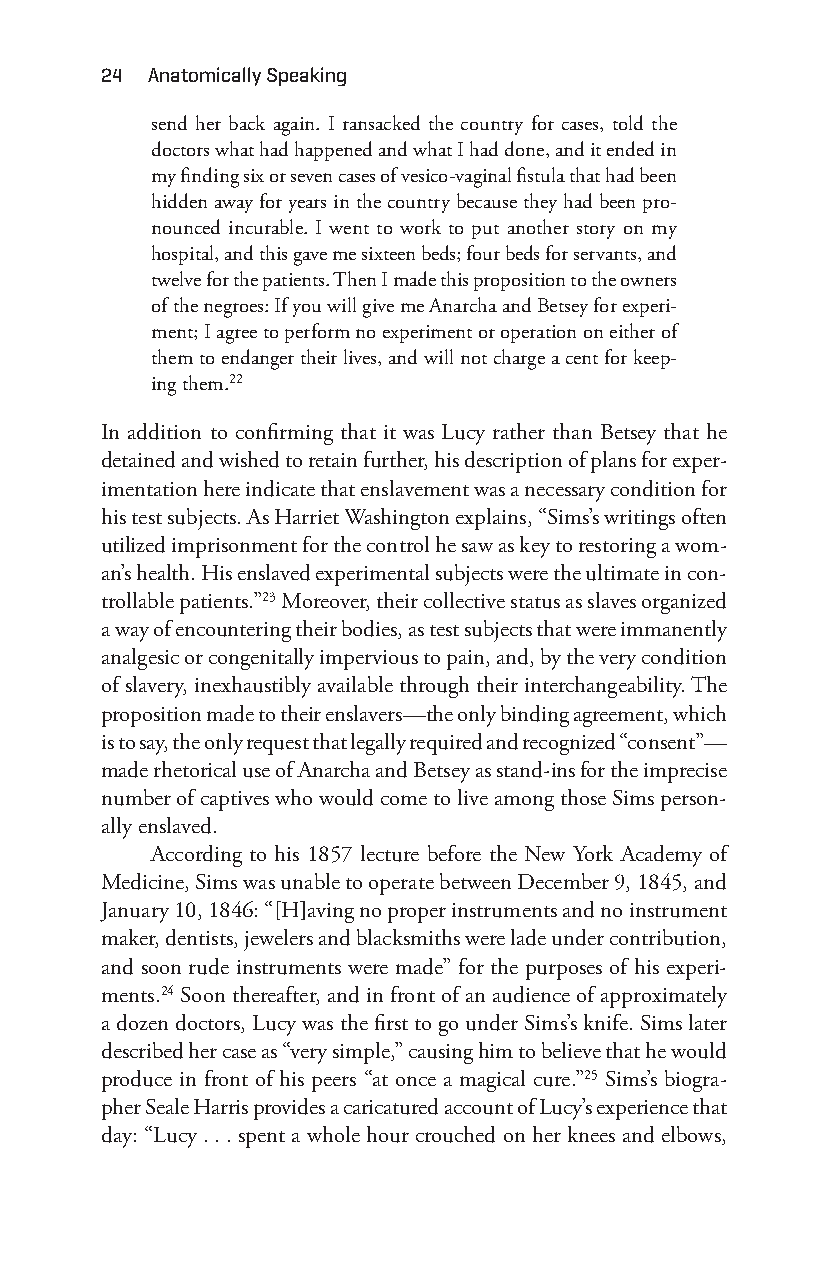
24 anatomically Speaking
 send her back again. I ransacked the country for cases, told the
 doctors what had happened and what I had done, and it ended in
 my finding six or seven cases of vesico-v aginal fistula that had been
 hidden away for years in the country because they had been pro-
 nounced incurable. I went to work to put another story on my
 hospital, and this gave me sixteen beds; four beds for servants, and
 twelve for the patients. Then I made this proposition to the owners
 of the negroes: If you will give me Anarcha and Betsey for experi-
 ment; I agree to perform no experiment or operation on either of
 them to endanger their lives, and will not charge a cent for keep-
 ing them.22
 In addition to confirming that it was Lucy rather than Betsey that he
 detained and wished to retain further, his description of plans for exper-
 imentation here indicate that enslavement was a necessary condition for
 his test subjects. As Harriet Washington explains, “Sims’s writings often
 utilized imprisonment for the control he saw as key to restoring a wom-
 an’s health. His enslaved experimental subjects were the ultimate in con-
 trollable patients.”23 Moreover, their collective status as slaves organized
 a way of encountering their bodies, as test subjects that were immanently
 analgesic or congenitally impervious to pain, and, by the very condition
 of slavery, inexhaustibly available through their interchangeability. The
 proposition made to their enslavers—t he only binding agreement, which
 is to say, the only request that legally required and recognized “consent”—
 made rhetorical use of Anarcha and Betsey as stand-i ns for the imprecise
 number of captives who would come to live among those Sims person-
 ally enslaved.
 According to his 1857 lecture before the New York Academy of
 Medicine, Sims was unable to operate between December 9, 1845, and
 January 10, 1846: “[H]aving no proper instruments and no instrument
 maker, dentists, jewelers and blacksmiths were lade under contribution,
 and soon rude instruments were made” for the purposes of his experi-
 ments.24 Soon thereafter, and in front of an audience of approximately
 a dozen doctors, Lucy was the first to go under Sims’s knife. Sims later
 described her case as “very simple,” causing him to believe that he would
 produce in front of his peers “at once a magical cure.”25 Sims’s biogra-
 pher Seale Harris provides a caricatured account of Lucy’s experience that
 day: “Lucy . . . spent a whole hour crouched on her knees and elbows,
 Snorton.indd 24                             29/09/2017 8:40:57 AM